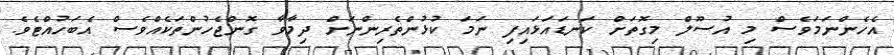
އެހެންނަމަވެސް މި އުސޫލް މިގޮތަށް ކަނޑައަޅައިފި ނަމަ ކުޅުންތެރިންނަށް ދިމާވާ ގޮންޖެހުންތަކެއްވެސް އެބަހުއްޓެވެ.